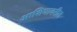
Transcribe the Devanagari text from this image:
आशियावरील